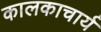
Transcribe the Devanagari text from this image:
कालकाचार्य